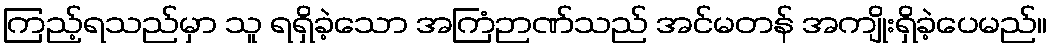
ကြည့်ရသည်မှာ သူ ရရှိခဲ့သော အကြံဉာဏ်သည် အင်မတန် အကျိုးရှိခဲ့ပေမည်။